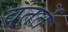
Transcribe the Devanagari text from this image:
वतर्ते